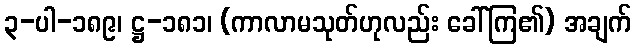
၃-ပါ-၁၈၉၊ ဋ္ဌ-၁၈၁၊ (ကာလာမသုတ်ဟုလည်း ခေါ်ကြ၏) အချက်